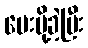
ပေးပို့ခဲ့ပြီး